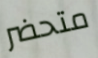
متحضر